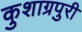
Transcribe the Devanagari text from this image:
कुशाग्रपुरी